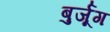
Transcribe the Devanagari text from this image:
बुर्जूग